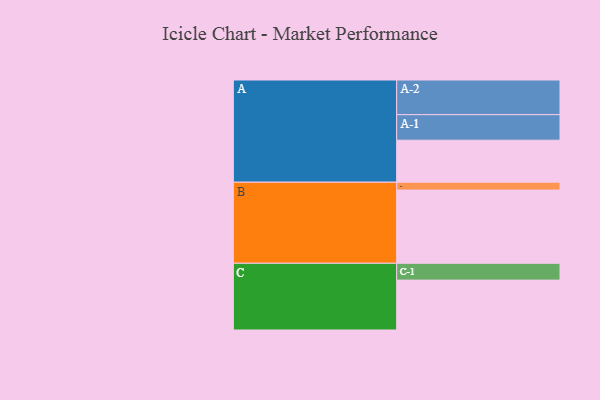
{"axis": {"x": "Segment", "y": "Value"}, "legend": ["", "A", "B", "C"], "data": [{"x": "A", "y": 342, "type": ""}, {"x": "B", "y": 596, "type": ""}, {"x": "C", "y": 406, "type": ""}, {"x": "A-1", "y": 208, "type": "A"}, {"x": "A-2", "y": 282, "type": "A"}, {"x": "B-1", "y": 64, "type": "B"}, {"x": "C-1", "y": 137, "type": "C"}]}